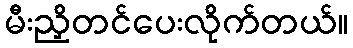
မီးညှိတင်ပေးလိုက်တယ်။